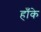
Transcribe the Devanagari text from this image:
हाँके